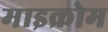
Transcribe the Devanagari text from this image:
माइक्रोम